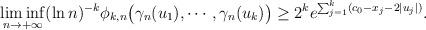
LaTeX: \begin{align*}&\liminf_{n\to+\infty}(\ln n)^{-k}\phi_{k,n}\big(\gamma_n(u_1),\cdots,\gamma_n(u_k)\big)\geq 2^ke^{\sum_{j=1}^k(c_0-x_j-2|u_j|)}.\end{align*}